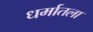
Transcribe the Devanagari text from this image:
धर्मातला